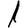
Digit: 1